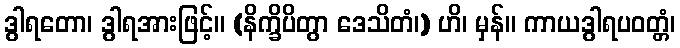
ဒွါရတော၊ ဒွါရအားဖြင့်။ (နိက္ခိပိတွာ ဒေသိတံ၊) ဟိ၊ မှန်။ ကာယဒွါရပဝတ္တံ၊